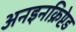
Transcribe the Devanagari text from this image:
अनइनक्रिप्टेड